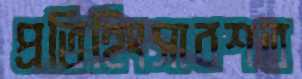
প্রতিহিংসাবশত